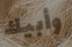
وأبيك